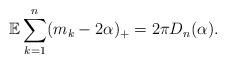
LaTeX: \begin{align*}\mathbb{E}\sum_{k=1}^n(m_k-2\alpha)_+= 2\pi D_n(\alpha).\end{align*}